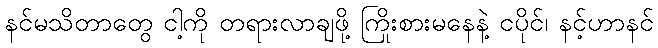
နင်မသိတာတွေ ငါ့ကို တရားလာချဖို့ ကြိုးစားမနေနဲ့ ငပိုင်၊ နင့်ဟာနင်